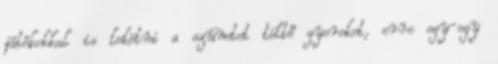
játékokkal is lekötni a szünetet töltő gyereket, erre egy-egy